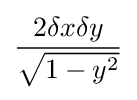
{\frac {2\delta x\delta y}{\sqrt {1-y^{2}}}}